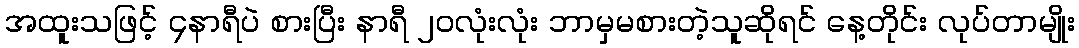
အထူးသဖြင့် ၄နာရီပဲ စားပြီး နာရီ ၂၀လုံးလုံး ဘာမှမစားတဲ့သူဆိုရင် နေ့တိုင်း လုပ်တာမျိုး